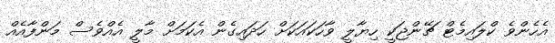
އެހެންވެ ކްލައިމެޓް ޗޭންޖަކީ ހިޔާލީ ވާހަކައަކަށް ހަދައިގެން އެކަމަށް މާލީ އެއްވެސް މަންފާއެއް